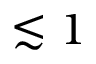
\lesssim 1